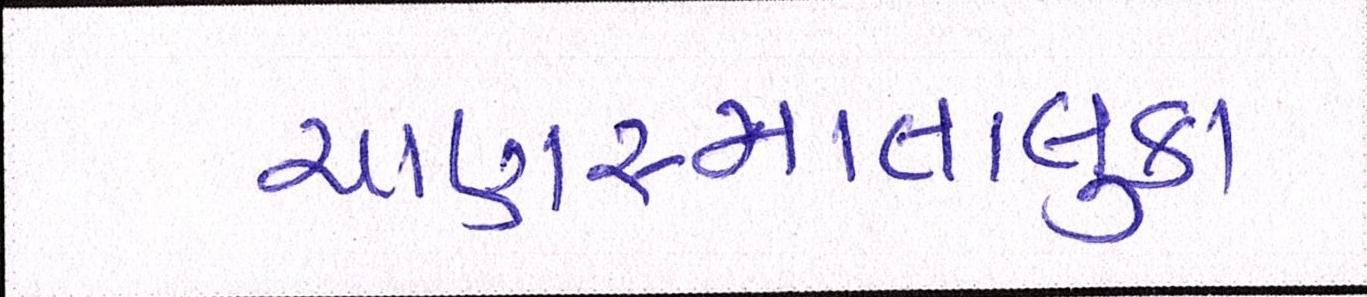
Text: ચાણસ્માતાલુકા